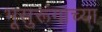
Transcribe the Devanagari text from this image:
भूसुरूंगाच्या